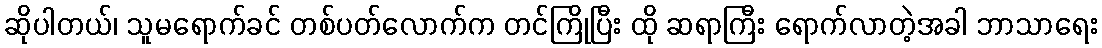
ဆိုပါတယ်၊ သူမရောက်ခင် တစ်ပတ်လောက်က တင်ကြိုပြီး ထို ဆရာကြီး ရောက်လာတဲ့အခါ ဘာသာရေး